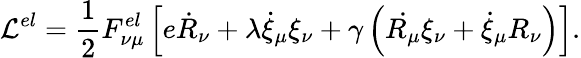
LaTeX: {\cal L}^{el}=\frac 12F_{\nu\mu}^{el}\left[e\dot{R}_{\nu}+\lambda\dot{\xi}_{\mu}\xi_{\nu}+\gamma\left(\dot{R_{\mu}}\xi_{\nu}+\dot{\xi}_{\mu}R_{\nu}\right)\right].